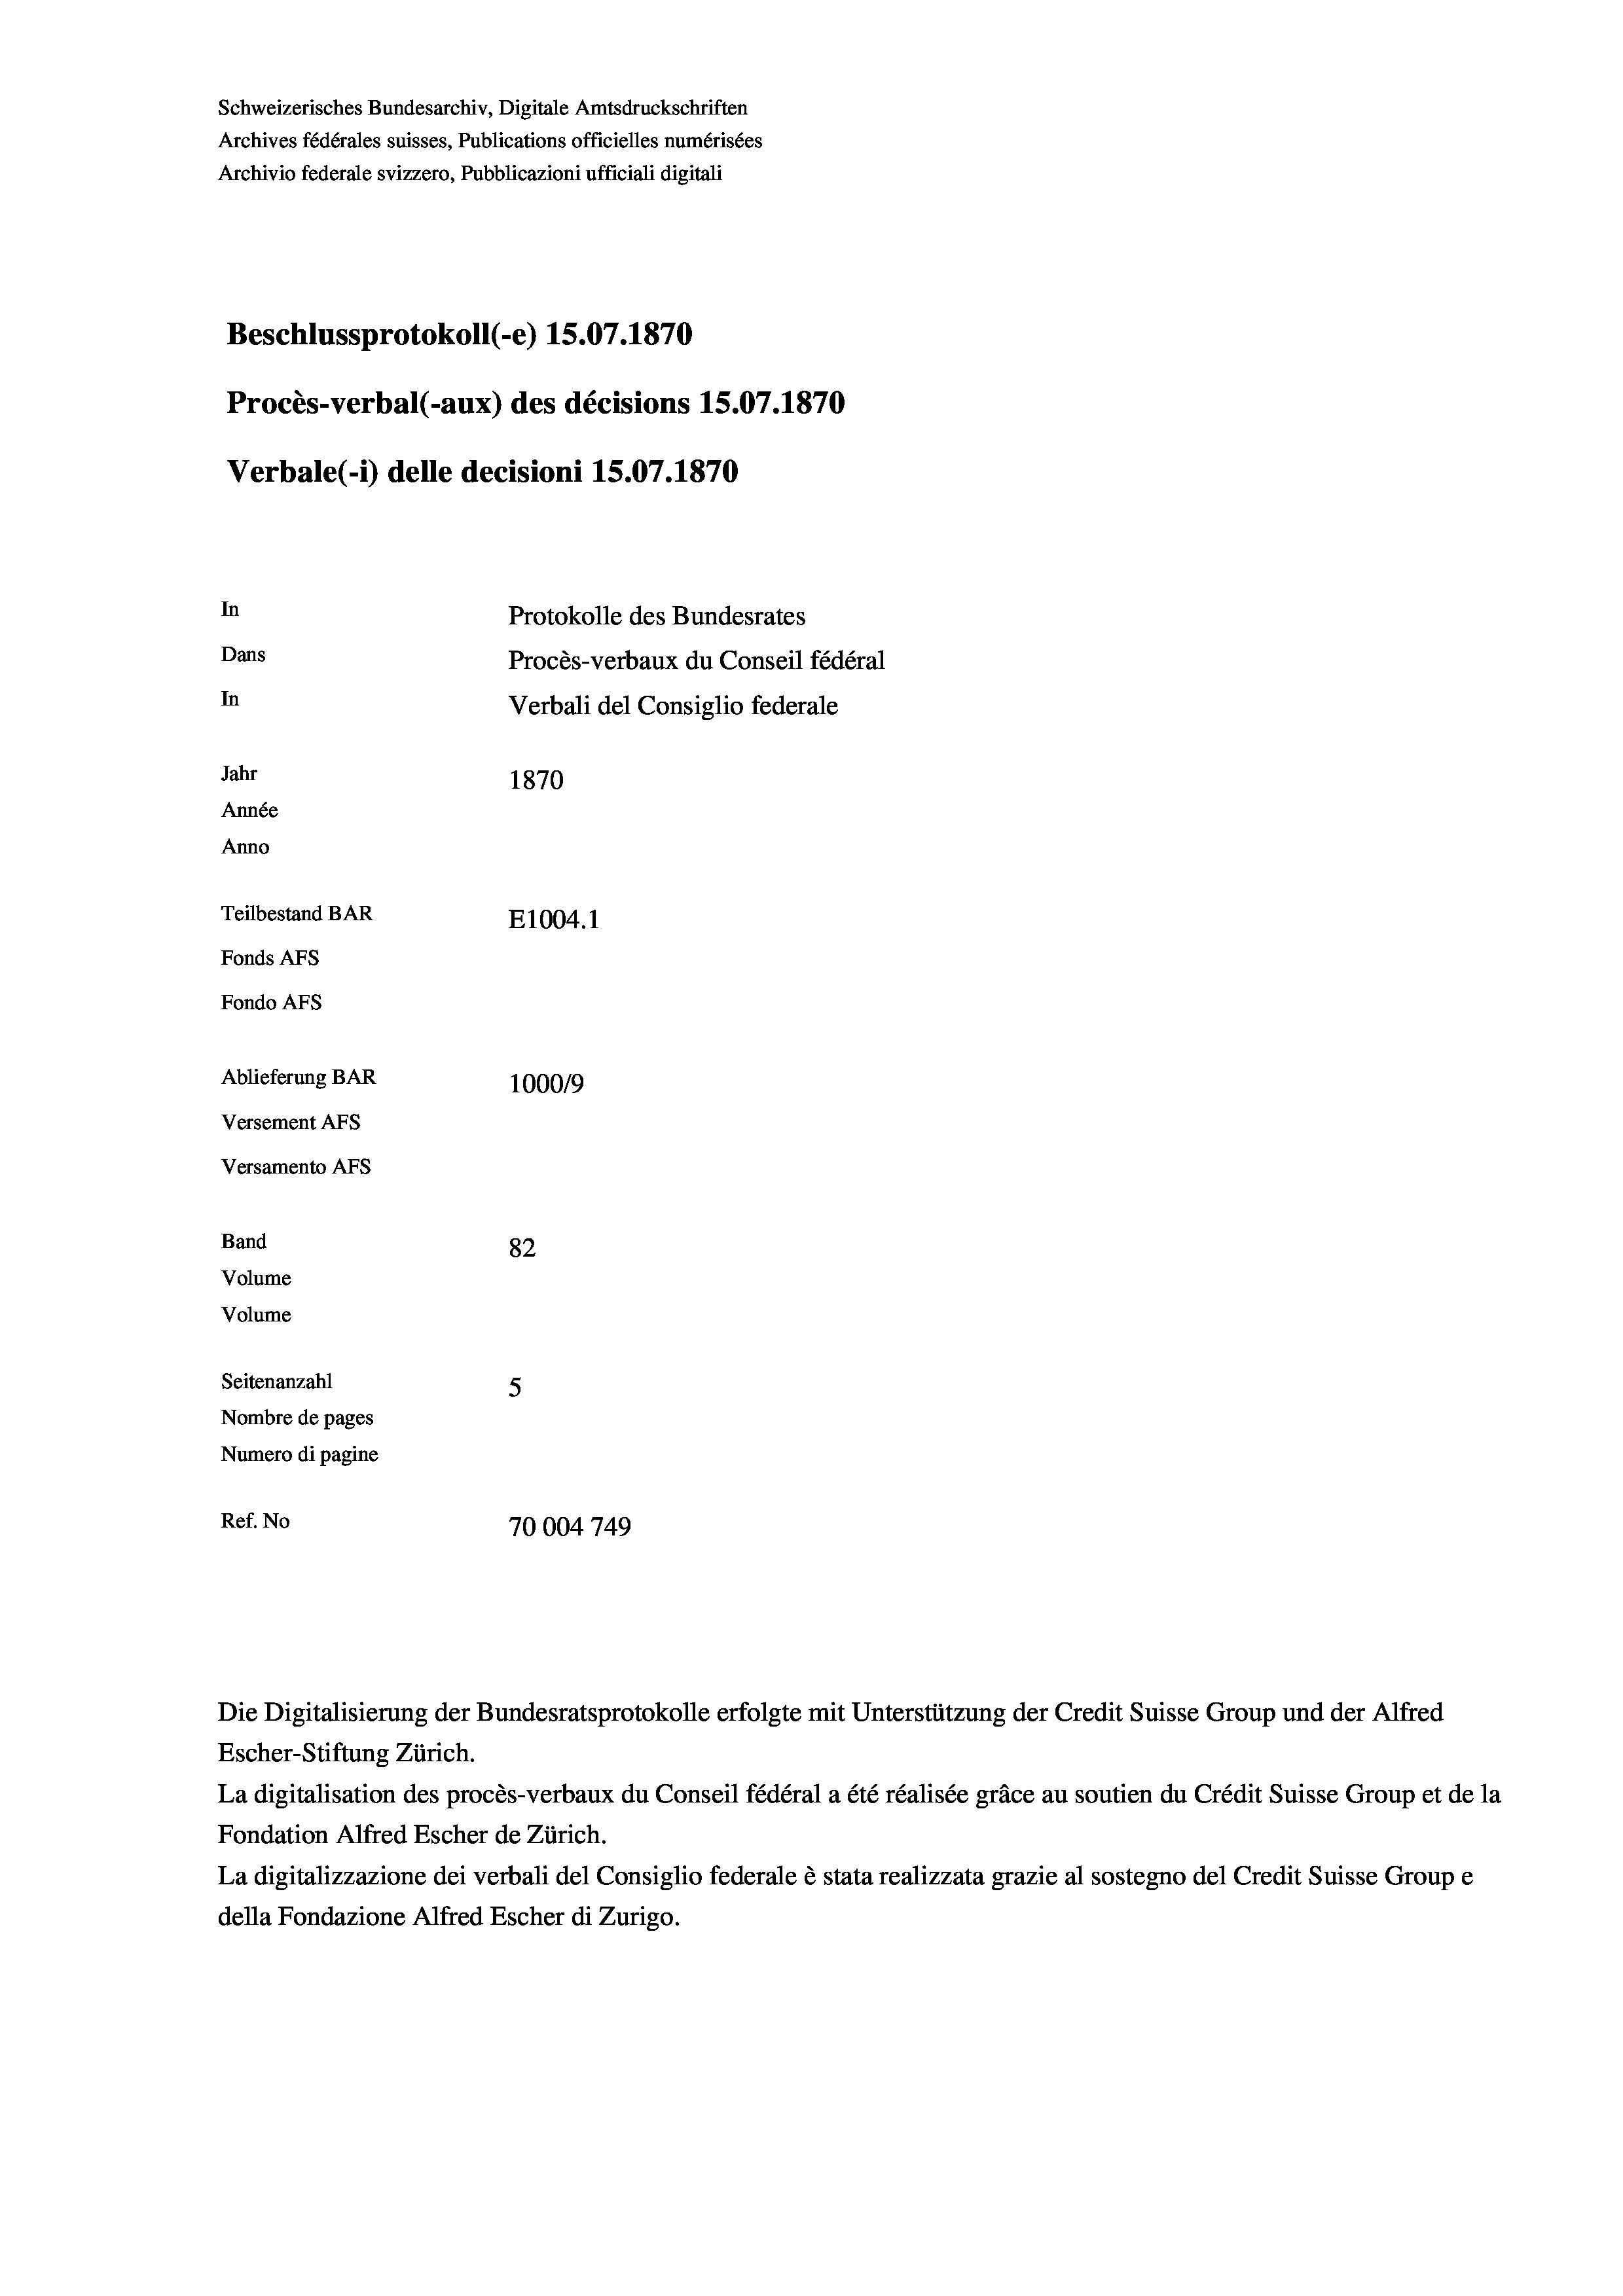
Schweizerisches Bundesarchiv, Digitale Amtsdruckschriften
Archives fédérales suisses, Publications officielles numérisées
Archivio federale svizzero, Pubblicazioni ufficiali digitali
Beschlussprotokoll (-e) 15.07. 1870
Procès-verbal (-aux) des décisions 15.07.1870
Verbale (- 1) delle decisioni 15.07.1870
In
Protokolle des Bundesrates
Dans
Procès-verbaux du Conseil fédéral
In
Verbali del Consiglio federale
Jahr
1870
Année
Anno
Teilbestand BAR
E1004.1
Fonds Afs
Fondo AFs
Ablieferung BAR
1000/9
Versement AFS
Versamento Afs
Band
82
Volume
Volume
Seitenanzahl
5
Nombre de pages
Numero di pagine
Ref. No
70004749

La digitalisation des procès-verbaux du Conseil fédéral a été réalisée gräce au soutien du Crédit Suisse Group et de la
Fondation Alfred Escher de Zürich.
La digitalizzazione dei verbali del Consiglio federale è stata realizzata grazie al sostegno del Credit Suisse Groupe
della Fondazione Alfred Escher di Zurigo.

Die Digitalisierung der Bundesratsprotokolle erfolgte mit Unterstützung der Credit Suisse Group und der Alfred
Escher-Stiftung Zürich.